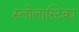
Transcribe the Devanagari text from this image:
स्लोलास्टिका